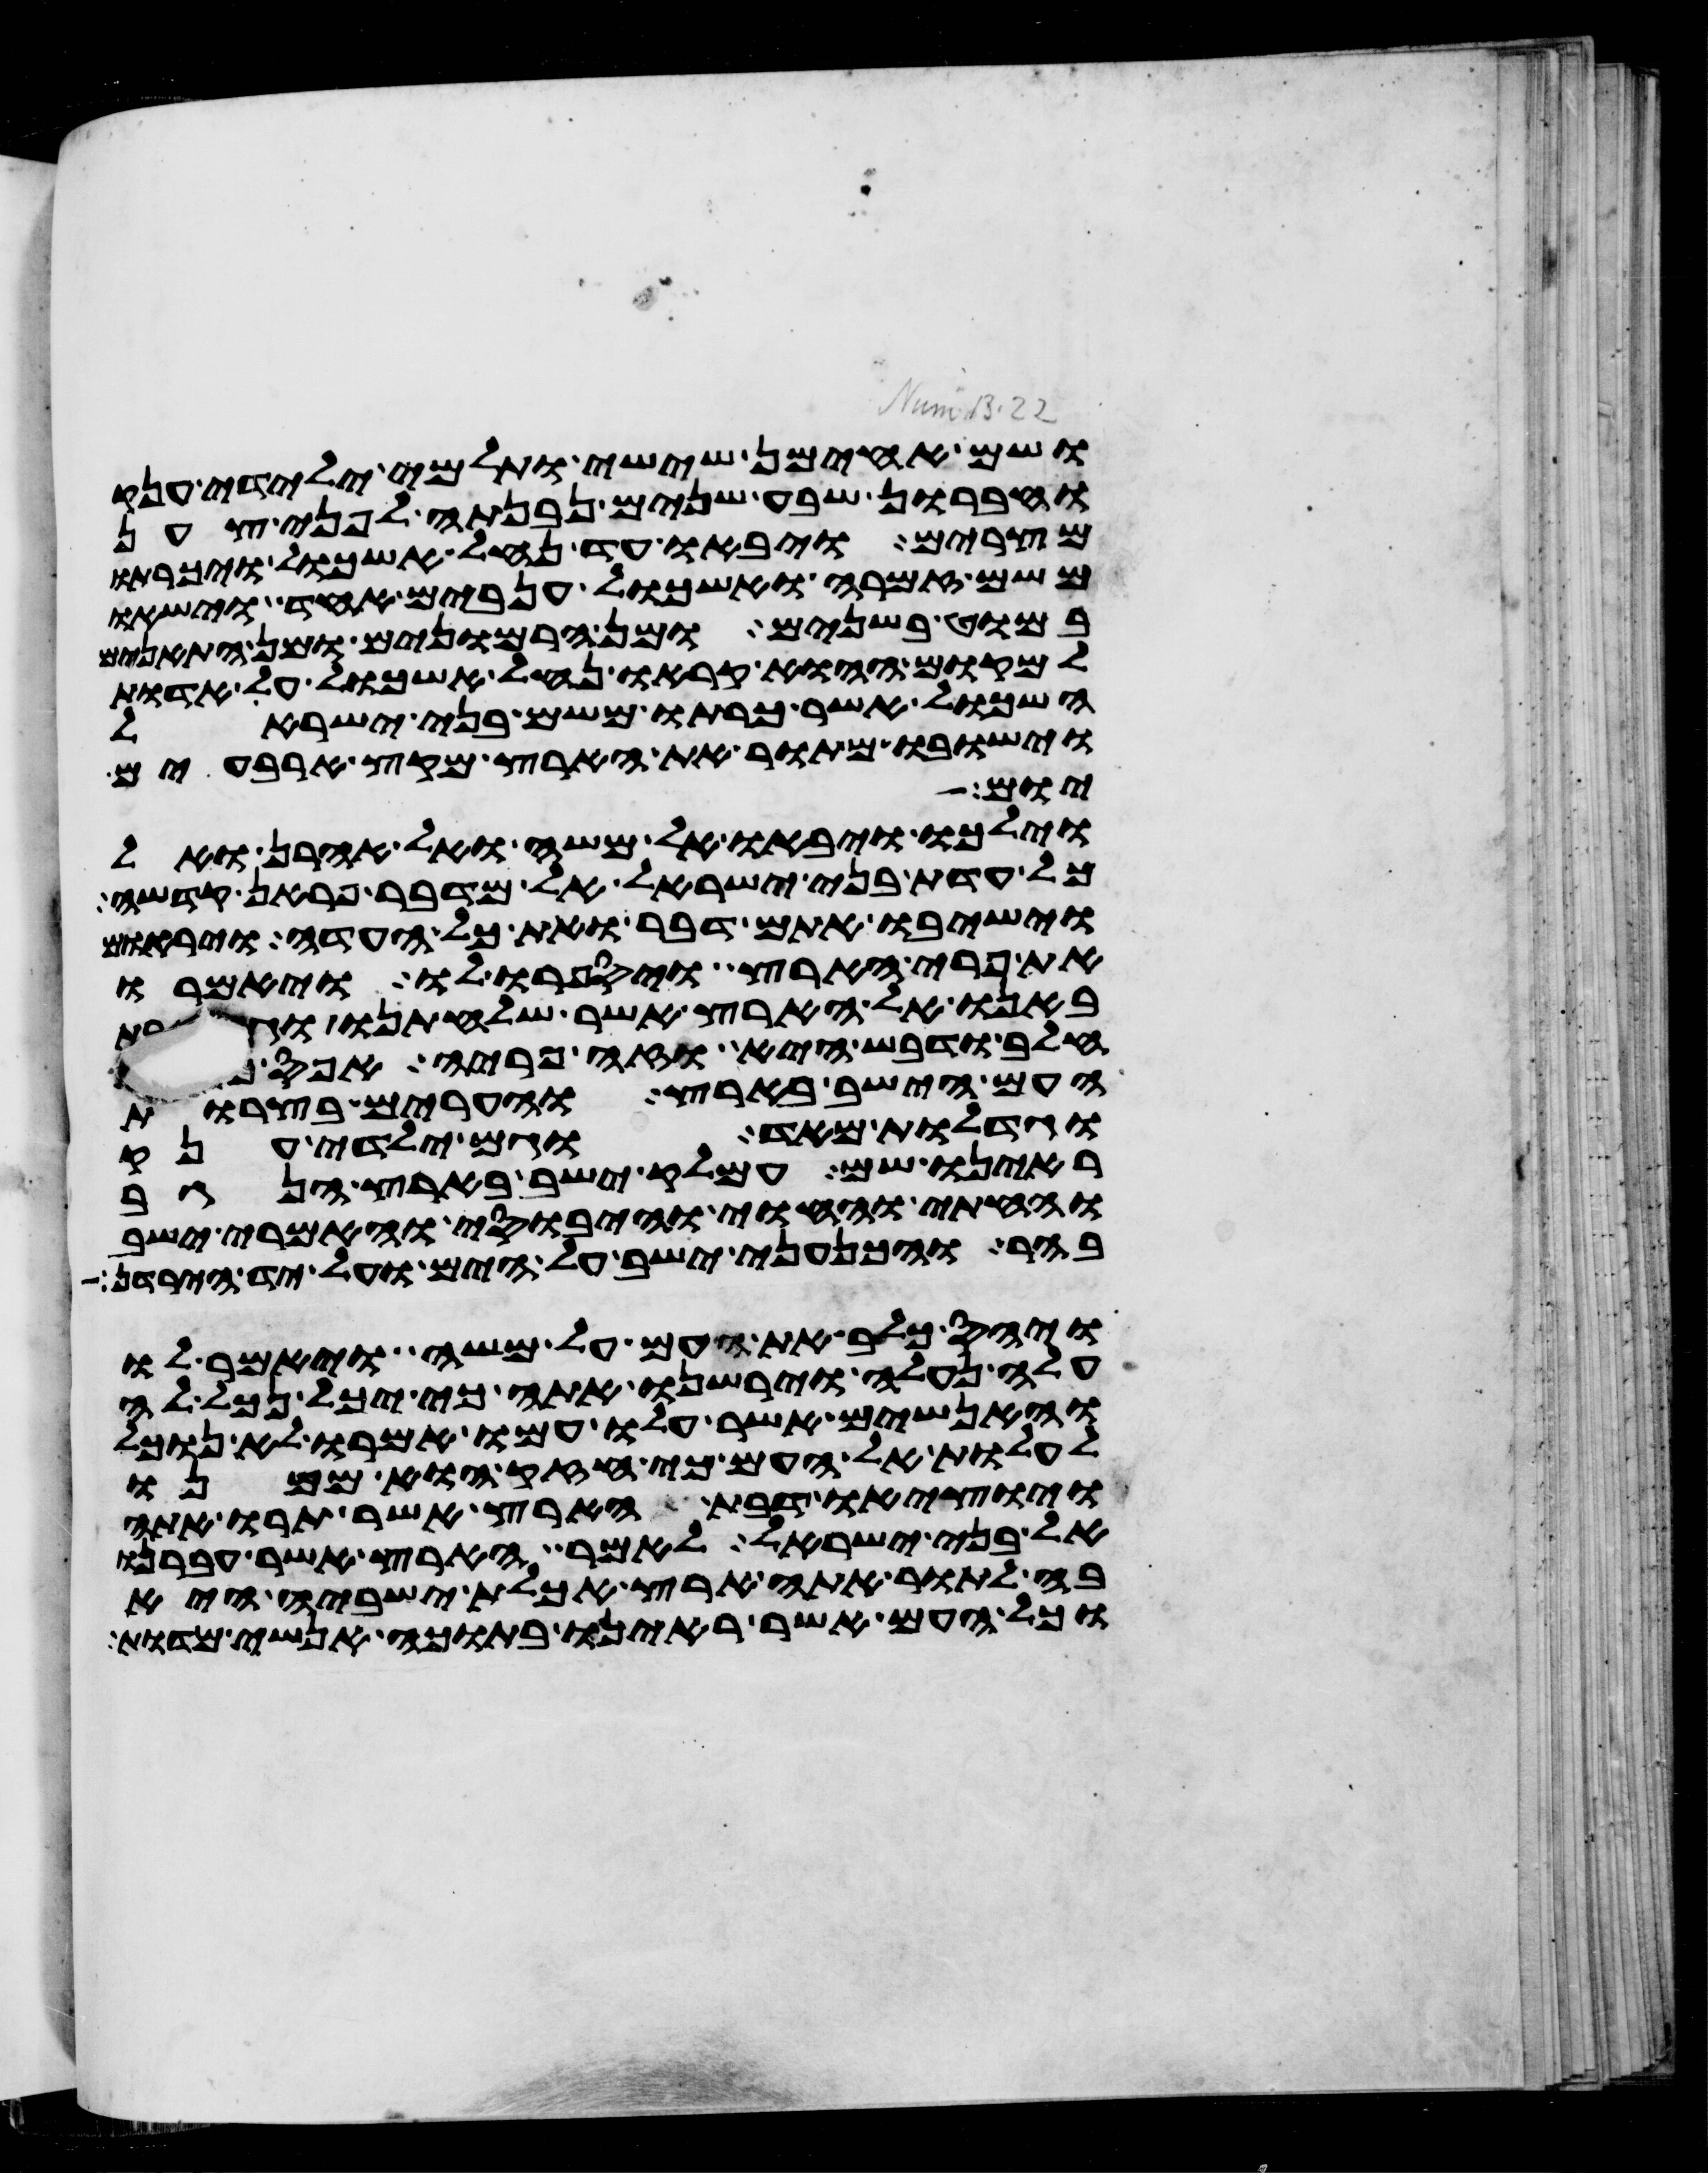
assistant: ושם אחימן ששי ותלמי ילידי ענק
וחברון שבע שנים נבנתה לפני צען
מצרים ויבאו עד נחל אשכול ויכרתו
משם זמרה ואשכול ענבים אחד וישאו
במוט בשנים ומן הרמונים ומן התאנים
למקום ההוא קראו נחל אשכול על אדות
האשכול אשר כרתו משם בני ישראל
וישבו מתור את הארץ מקץ ארבעים
יום
וילכו ויבאו אל משה ואל אהרן ואל
כל עדת בני ישראל אל מדבר פראן קדשה
וישיבו אתם דבר ואת כל העדה ויראום
את פרי הארץ ויספרו לו ויאמרו
באנו אל הארץ אשר שלחתנו וגם זבת
חלב ודבש היא וזה פריה אפס כי
העם הישב בארץ והערים בצרות
וגדלות מאד וגם ילידי ענק
ראינו שם עמלק ישב בארץ הנגב
והחתי והחוי והיבוסי והאמרי ישב
בהר והכנעני ישב על הים ועל יד הירדן
ויחס כלב את העם על משה ויאמר לו
עלה נעלה וירשנו אתה כי יכל נכל לה
והאנשים אשר עלו עמו אמרו לא נוכל
לעלות אל העם כי חזק הוא ממנו
ויוציאו דבת הארץ אשר תרו אתה
אל בני ישראל לאמר הארץ אשר עברנו
בה לתור אתה ארץ אכלת ישביה היא
וכל העם אשר ראינו בתוכה אנשי מדות